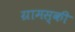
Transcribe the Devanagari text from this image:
ग्रामस्की